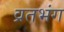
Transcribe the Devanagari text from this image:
व्रतभंग